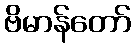
ဗိမာန်တော်